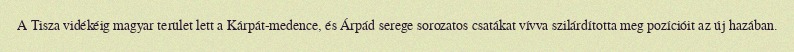
A Tisza vidékéig magyar terület lett a Kárpát-medence, és Árpád serege sorozatos csatákat vívva szilárdította meg pozícióit az új hazában.